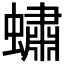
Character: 𧑛